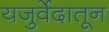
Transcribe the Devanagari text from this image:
यजुर्वेदातून